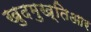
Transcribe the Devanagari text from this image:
खुदमुख्तिआर